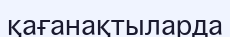
қағанақтыларда